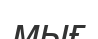
мығ